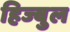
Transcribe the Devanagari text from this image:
हिज्बुल